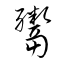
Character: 鬻